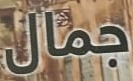
جمال